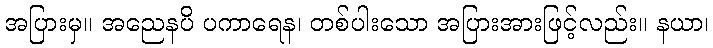
အပြားမှ။ အညေနပိ ပကာရေန၊ တစ်ပါးသော အပြားအားဖြင့်လည်း။ နယာ၊